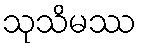
သုသိမဿ